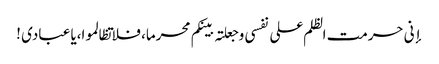
إنی حرمت الظلم علی نفسی وجعلتہ بینکم محرما، فلا تظالموا،یا عبادی !